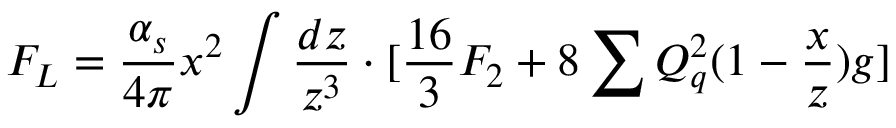
F _ { L } = \frac { \alpha _ { s } } { 4 \pi } x ^ { 2 } \int \frac { d z } { z ^ { 3 } } \cdot [ \frac { 1 6 } { 3 } F _ { 2 } + 8 \sum Q _ { q } ^ { 2 } ( 1 - \frac { x } { z } ) g ]